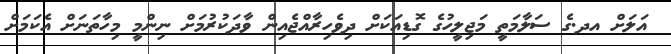
އަލަށް އދ.ގެ ސަލާމަތީ މަޖިލީހުގެ ގޮޑިއަކަށް ދިވެހިރާއްޖެއިން ވާދަކުރުމަށް ނިންމީ މިހާތަނަށް އެކަމަށް